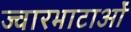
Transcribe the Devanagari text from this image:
ज्वारभाटाओं